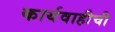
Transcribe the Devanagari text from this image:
कार्यवाहीची